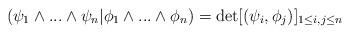
LaTeX: \begin{align*}( \psi_1 \wedge ... \wedge \psi_n \vert \phi_1 \wedge ... \wedge \phi_n ) = \det [ ( \psi_i , \phi_j ) ]_{1 \leq i, j \leq n}\end{align*}